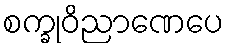
စက္ခုဝိညာဏေပေ